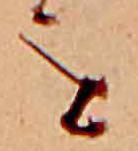
を